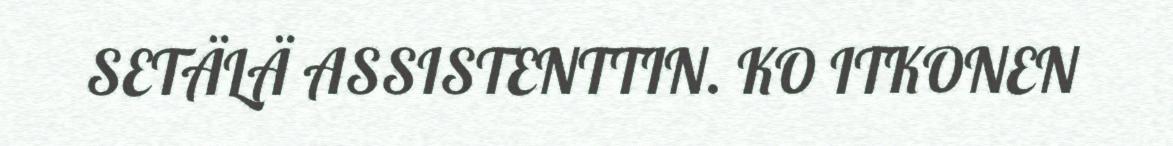
SETÄLÄ ASSISTENTTIN. KO ITKONEN